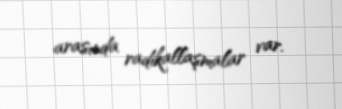
arasında radikallaşmalar var.